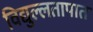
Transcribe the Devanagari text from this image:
विद्युल्लतापात